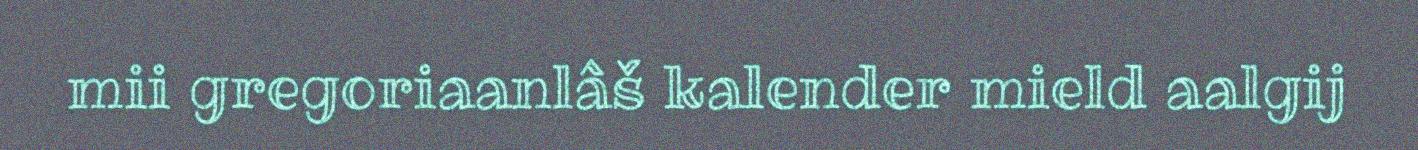
mii gregoriaanlâš kalender mield aalgij